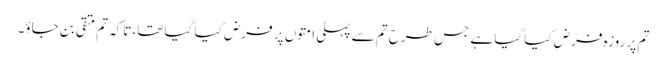
تم پر روزہ فرض کیا گیا ہے جس طرح تم سے پہلی امتوں پر فرض کیا گیا تھا، تاکہ تم متقی بن جاؤ۔